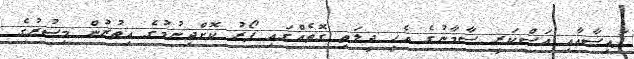
ފައިސާއާއި ޢަސްކަރީ ސާމާނުގެ އެހީ ދީލަތި ގޮތެއްގައި ފޯރު ކޮށްދިނުމުގެ އިތުރުން މިޞުރުގެ